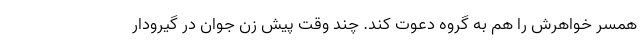
همسر خواهرش را هم به گروه دعوت کند. چند وقت پیش زن جوان در گیرودار